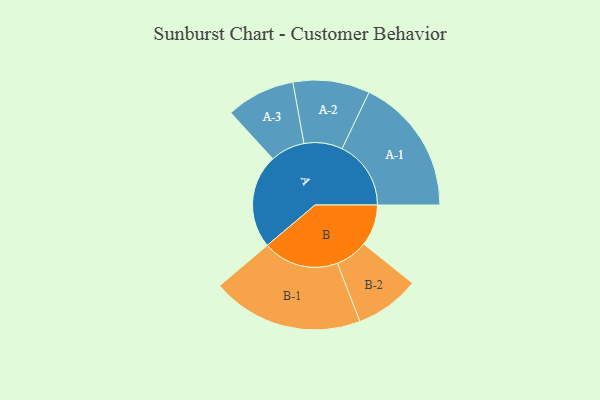
{"axis": {"x": "Segment", "y": "Value"}, "legend": ["", "A", "B"], "data": [{"x": "A", "y": 311, "type": ""}, {"x": "B", "y": 137, "type": ""}, {"x": "A-1", "y": 228, "type": "A"}, {"x": "A-2", "y": 127, "type": "A"}, {"x": "A-3", "y": 114, "type": "A"}, {"x": "B-1", "y": 251, "type": "B"}, {"x": "B-2", "y": 107, "type": "B"}]}